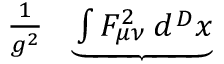
\begin{array} { r l r } { { \frac { 1 } { g ^ { 2 } } } \! \! \! \! \! \! \! } & { { } } & { \underbrace { \int F _ { \mu \nu } ^ { 2 } \, d ^ { \, D } x } } \end{array}